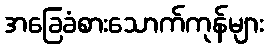
အခြေခံစားသောက်ကုန်များ